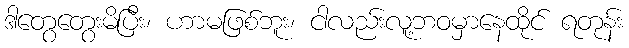
ဒါတွေတွေးမိပြီး၊ ဟာမဖြစ်ဘူး၊ ငါလည်းလူ့ဘဝမှာနေထိုင် ရတုန်း